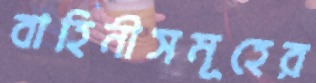
বাহিনীসমূহের